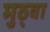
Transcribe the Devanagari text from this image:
मुठ्वा